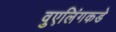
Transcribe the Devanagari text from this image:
वुएलिंगकडे